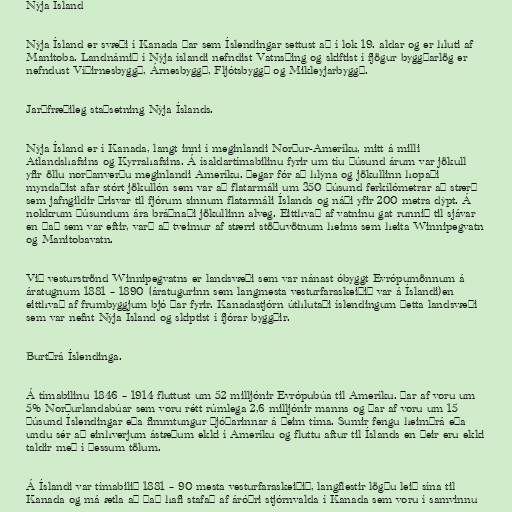
Nýja Ísland

Nýja Ísland er svæði í Kanada þar sem Íslendingar settust að í lok 19. aldar og er hluti af
Manitoba. Landnámið í Nýja íslandi nefndist Vatnsþing og skiftist í fjögur byggðarlög er
nefndust Víðirnesbyggð, Árnesbyggð, Fljótsbyggð og Mikleyjarbyggð.

Jarðfræðileg staðsetning Nýja Íslands.

Nýja Ísland er í Kanada, langt inni í meginlandi Norður-Ameríku, mitt á milli
Atlandshafsins og Kyrrahafsins. Á ísaldartímabilinu fyrir um tíu þúsund árum var jökull
yfir öllu norðanverðu meginlandi Ameríku. Þegar fór að hlýna og jökullinn hopaði
myndaðist afar stórt jökullón sem var að flatarmáli um 350 þúsund ferkílómetrar að stærð
sem jafngildir þrisvar til fjórum sinnum flatarmáli Íslands og náði yfir 200 metra dýpt. Á
nokkrum þúsundum ára bráðnaði jökullinn alveg. Eitthvað af vatninu gat runnið til sjávar
en það sem var eftir, varð að tveimur af stærri stöðuvötnum heims sem heita Winnipegvatn
og Manitobavatn.

Við vesturströnd Winnipegvatns er landsvæði sem var nánast óbyggt Evrópumönnum á
áratugnum 1881 – 1890 (áratugurinn sem langmesta vesturfaraskeiðið var á Íslandi)en
eitthvað af frumbyggjum bjó þar fyrir. Kanadastjórn úthlutaði íslendingum þetta landsvæði
sem var nefnt Nýja Ísland og skiptist í fjórar byggðir.

Burtþrá Íslendinga.

Á tímabilinu 1846 – 1914 fluttust um 52 milljónir Evrópubúa til Ameríku. Þar af voru um
5% Norðurlandabúar sem voru rétt rúmlega 2,6 milljónir manns og þar af voru um 15
þúsund Íslendingar eða fimmtungur þjóðarinnar á þeim tíma. Sumir fengu heimþrá eða
undu sér að einhverjum ástæðum ekki í Ameríku og fluttu aftur til Íslands en þeir eru ekki
taldir með í þessum tölum.

Á Íslandi var tímabilið 1881 – 90 mesta vesturfaraskeiðið, langflestir lögðu leið sína til
Kanada og má ætla að það hafi stafað af áróðri stjórnvalda í Kanada sem voru í samvinnu